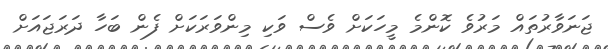
ޖަނަވާރުތައް މަރުވެ ކޮންމެ މީހަކަށް ވެސް ވަކި މިންވަރަކަށް ފެން ބަހާ ދަރަޖައަށް